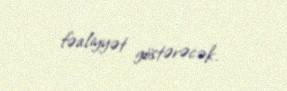
fəaliyyət göstərəcək.